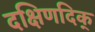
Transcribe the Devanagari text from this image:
दक्षिणदिक्